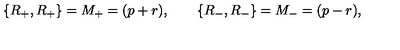
\{ R _ { + } , R _ { + } \} = M _ { + } = ( p + r ) , \qquad \{ R _ { - } , R _ { - } \} = M _ { - } = ( p - r ) , \qquad